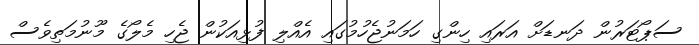
ސަޕޯޓަރުން ދަނޑަށް އަރައި ހިންގި ހަމަނުޖެހުމުގައި އެއްލި ފުޅިއަކުން ޖެހި މެލޯގެ މޫނުމަތިވެސް